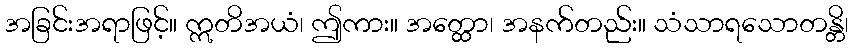
အခြင်းအရာဖြင့်။ ဣတိအယံ၊ ဤကား။ အတ္ထော၊ အနက်တည်း။ သံသာရသောတန္တိ၊